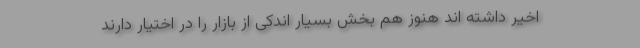
اخیر داشته اند هنوز هم بخش بسیار اندکی از بازار را در اختیار دارند